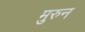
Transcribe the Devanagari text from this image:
मुरुन